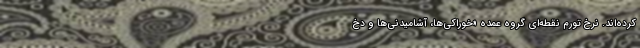
کرده‌اند. نرخ تورم نقطه‌ای گروه عمده «خوراکی‌ها، آشامیدنی‌ها و دخ